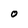
Character: O